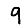
Digit: 9